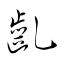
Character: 齓